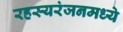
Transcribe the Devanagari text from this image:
रहस्यरंजनमध्ये